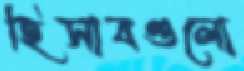
হিসাবগুলো